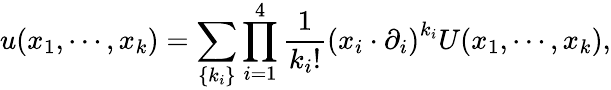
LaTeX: u(x_{1},\cdots,x_{k})=\sum_{\{ k_{i}\} }\prod_{i=1}^{4}\frac{1}{k_{i}!}\left(x_{i}\cdot\partial_{i}\right)^{k_{i}}U(x_{1},\cdots,x_{k}),